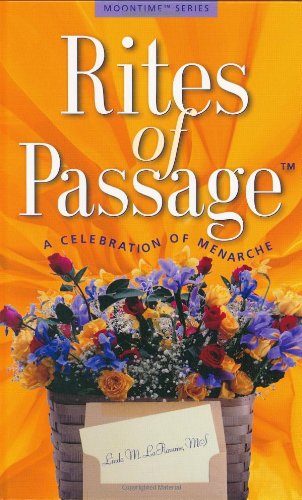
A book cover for Rites of Passage (tm) : A Celebration of Menarche (Moontime Series); Linda M. LaFlamme; Teen & Young Adult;